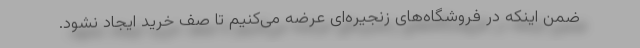
ضمن اینکه در فروشگاه‌های زنجیره‌ای عرضه می‌کنیم تا صف خرید ایجاد نشود.